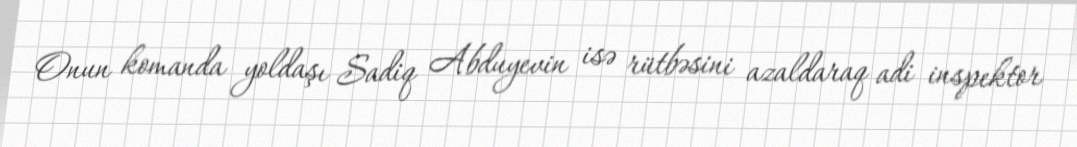
Onun komanda yoldaşı Sadiq Abduyevin isə rütbəsini azaldaraq adi inspektor